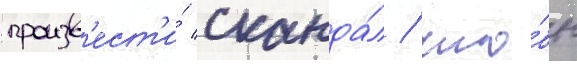
произв'ест'и́ сканда́л / что́бы